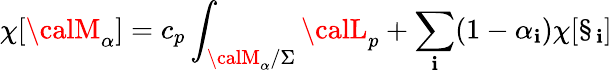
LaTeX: \chi[{\calM}_{\alpha}]=c_{p}\int_{{\calM}_{\alpha}/\Sigma}{\calL}_{p}+\sum_{\mathbf{i}}(1-\alpha_{\mathbf{i}})\chi[\S_{\mathbf{i}}]